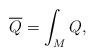
LaTeX: \begin{gather*}\overline{Q}=\int_M Q,\end{gather*}